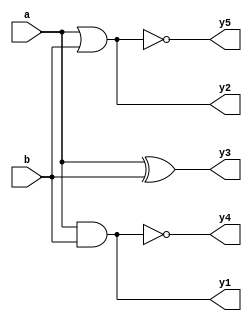
module gates(a, b, y1, y2, y3, y4, y5);
input [3:0] a,b;
output [3:0] y1, y2, y3, y4, y5;

assign y1 = a & b;
assign y2 = a | b;
assign y3 = a ^ b;
assign y4 = ~(a & b);
assign y5 = ~(a | b);

endmodule